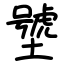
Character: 㙱